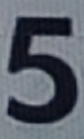
5